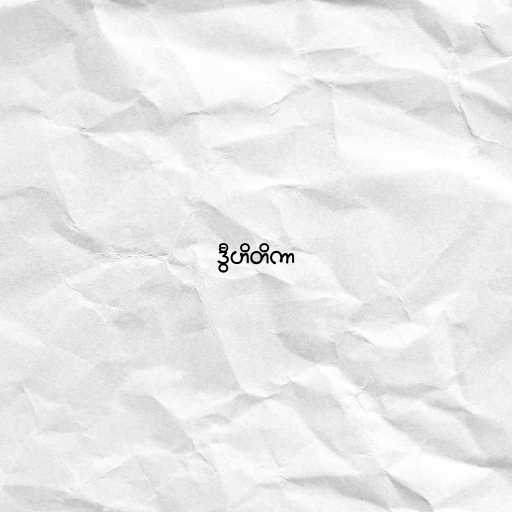
ဒွီဟိတိကာ